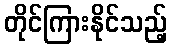
တိုင်ကြားနိုင်သည့်